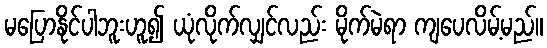
မပြောနိုင်ပါဘူးဟူ၍ ယုံလိုက်လျှင်လည်း မိုက်မဲရာ ကျပေလိမ့်မည်။